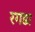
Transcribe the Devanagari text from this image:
रगडा